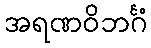
အရဏဝိဘင်္ဂံ